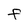
Character: f